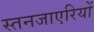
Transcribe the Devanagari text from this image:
स्तनजाएरियों